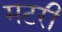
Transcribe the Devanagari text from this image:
मटरी